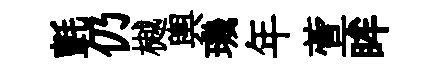
氈仍樾輿璣年萱眸